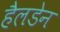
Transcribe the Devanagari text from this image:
हैलडेन